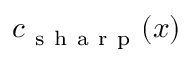
c _ { \mathrm { ~ s ~ h ~ a ~ r ~ p ~ } } ( x )